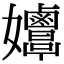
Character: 𡤲